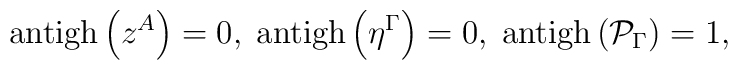
\mathrm{antigh}\left( z^{A}\right) =0,\;\mathrm{antigh}\left( \eta ^{\Gamma}\right) =0,\;\mathrm{antigh}\left( \mathcal{P}_{\Gamma }\right) =1,